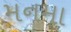
મનમા